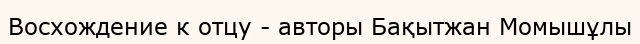
Восхождение к отцу - авторы Бақытжан Момышұлы